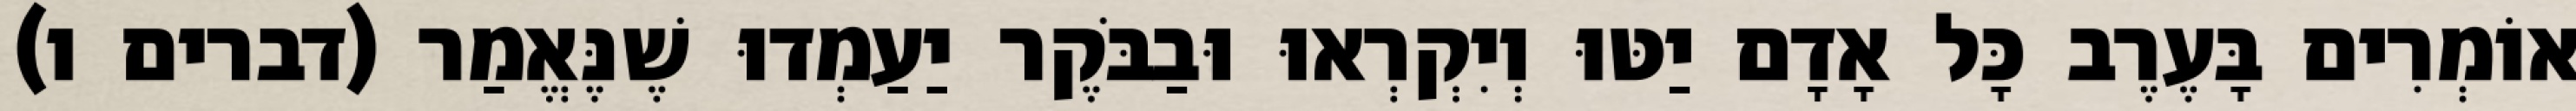
אוֹמְרִים בָּעֶרֶב כָּל אָדָם יַטּוּ וְיִקְרְאוּ וּבַבֹּקֶר יַעַמְדוּ שֶׁנֶּאֱמַר (דברים ו)